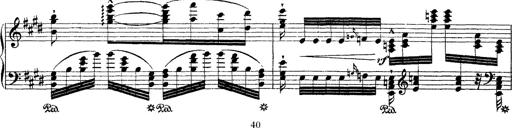
Title: Ã‰tudes d'exÃ©cution transcendante d'aprÃ¨s Paganini
Composer: Franz Liszt